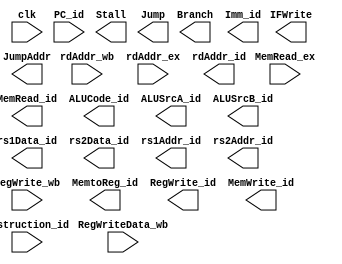
`timescale 1ns / 1ps
//////////////////////////////////////////////////////////////////////////////////
// Company: 
// Engineer: 
//////////////////////////////////////////////////////////////////////////////////
module ID(clk,Instruction_id, PC_id, RegWrite_wb, rdAddr_wb, RegWriteData_wb, MemRead_ex, 
          rdAddr_ex, MemtoReg_id, RegWrite_id, MemWrite_id, MemRead_id, ALUCode_id, 
			 ALUSrcA_id, ALUSrcB_id,  Stall, Branch, Jump, IFWrite,  JumpAddr, Imm_id,
			 rs1Data_id, rs2Data_id,rs1Addr_id,rs2Addr_id,rdAddr_id);
    input clk;
    input [31:0] Instruction_id;
    input [31:0] PC_id;
    input RegWrite_wb;
    input [4:0] rdAddr_wb;
    input [31:0] RegWriteData_wb;
    input MemRead_ex;
    input [4:0] rdAddr_ex;
    output MemtoReg_id;
    output RegWrite_id;
    output MemWrite_id;
    output MemRead_id;
    output [3:0] ALUCode_id;
    output ALUSrcA_id;
    output [1:0]ALUSrcB_id;
    output Stall;
    output Branch;
    output Jump;
    output IFWrite;
    output [31:0] JumpAddr;
    output [31:0] Imm_id;
    output [31:0] rs1Data_id;
    output [31:0] rs2Data_id;
	output[4:0] rs1Addr_id,rs2Addr_id,rdAddr_id;
 
endmodule